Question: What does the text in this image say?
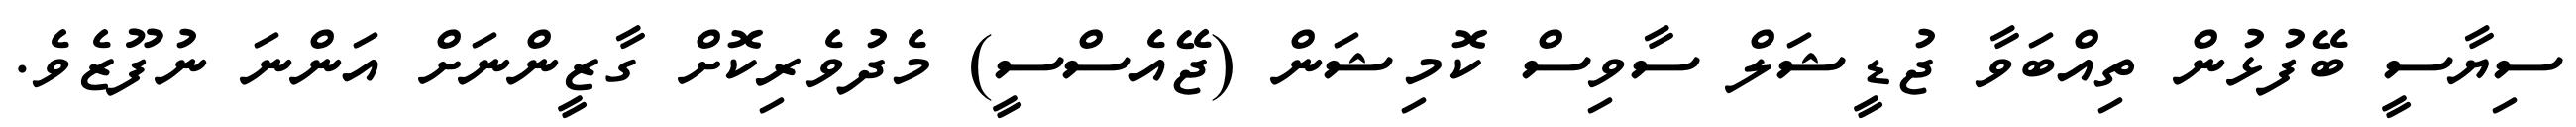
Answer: ސިޔާސީ ބޭފުޅުން ތިއްބަވާ ޖުޑީޝަލް ސާވިސް ކޮމިޝަން (ޖޭއެސްސީ) މެދުވެރިކޮށް ގާޒީންނަށް އަންނަ ނުފޫޒެވެ.